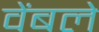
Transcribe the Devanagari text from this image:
वेंबले